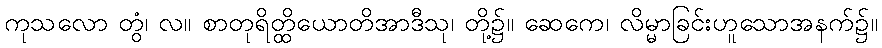
ကုသလော တွံ၊ လ။ စာတုရိတ္ထိယောတိအာဒီသု၊ တို့၌။ ဆေကေ၊ လိမ္မာခြင်းဟူသောအနက်၌။